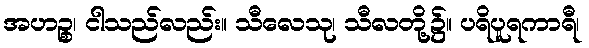
အဟဉ္စ၊ ငါသည်လည်း။ သီလေသု၊ သီလတို့၌။ ပရိပူရကာရီ၊